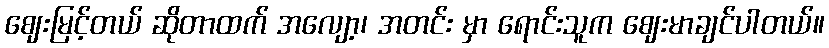
ဈေးမြင့်တယ် ဆိုတာထက် အလျော့၊ အတင်း မှာ ရောင်းသူက ဈေးမာချင်ပါတယ်။